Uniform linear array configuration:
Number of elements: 48
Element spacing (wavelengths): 0.5
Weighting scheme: cosine
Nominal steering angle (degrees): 0
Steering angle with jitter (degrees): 0.4807
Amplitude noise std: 0.05
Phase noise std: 0.05

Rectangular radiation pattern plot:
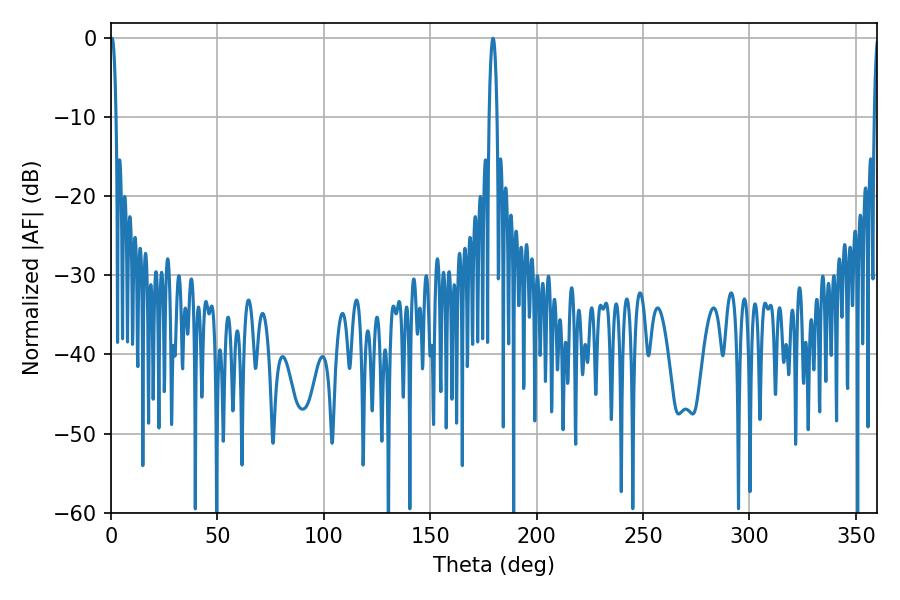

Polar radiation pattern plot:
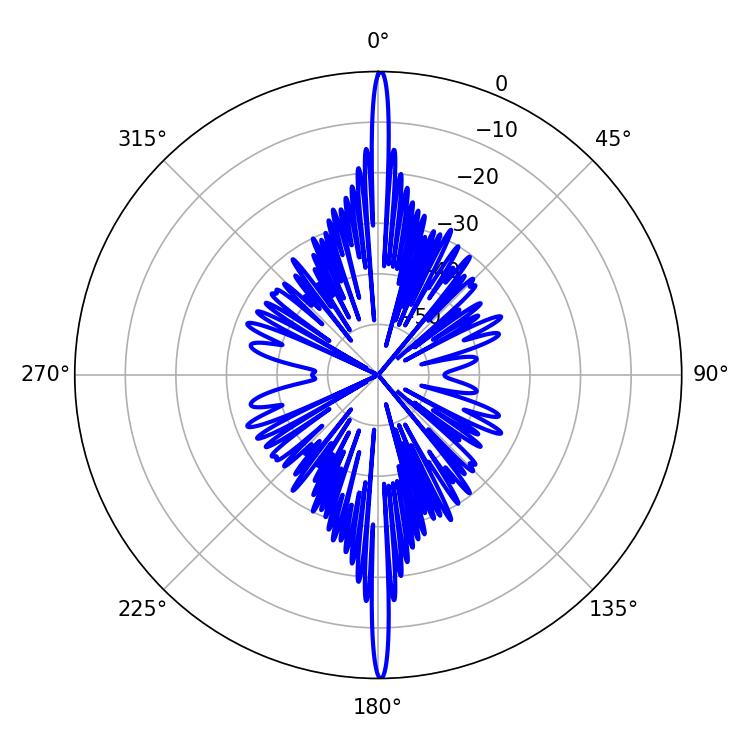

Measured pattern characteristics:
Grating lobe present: FALSE
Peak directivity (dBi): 35.069
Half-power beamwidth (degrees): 1.44
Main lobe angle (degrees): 0.54